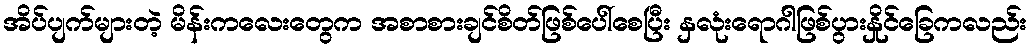
အိပ်ပျက်များတဲ့ မိန်းကလေးတွေက အစာစားချင်စိတ်ဖြစ်ပေါ်စေပြီး နှလုံးရောဂါဖြစ်ပွားနှိုင်ခြေကလည်း